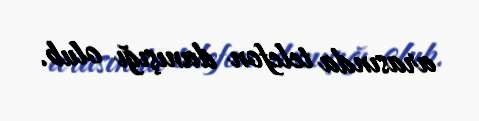
arasında telefon danışığı olub.